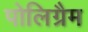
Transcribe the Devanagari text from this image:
पोलिग्रैम